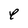
Character: e